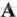
A